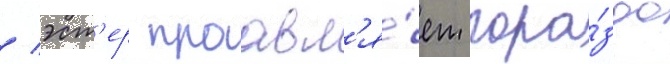
/ эст'ер проавл'я́ет гора́здо